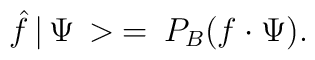
\hat{f}\, |\, \Psi\, >\: =\: P_{B}(f\cdot\Psi ).